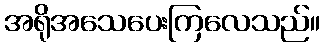
အရိုအသေပေးကြလေသည်။